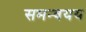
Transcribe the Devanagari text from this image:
समन्वयय